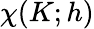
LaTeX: \chi(K;h)